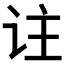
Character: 𬣣